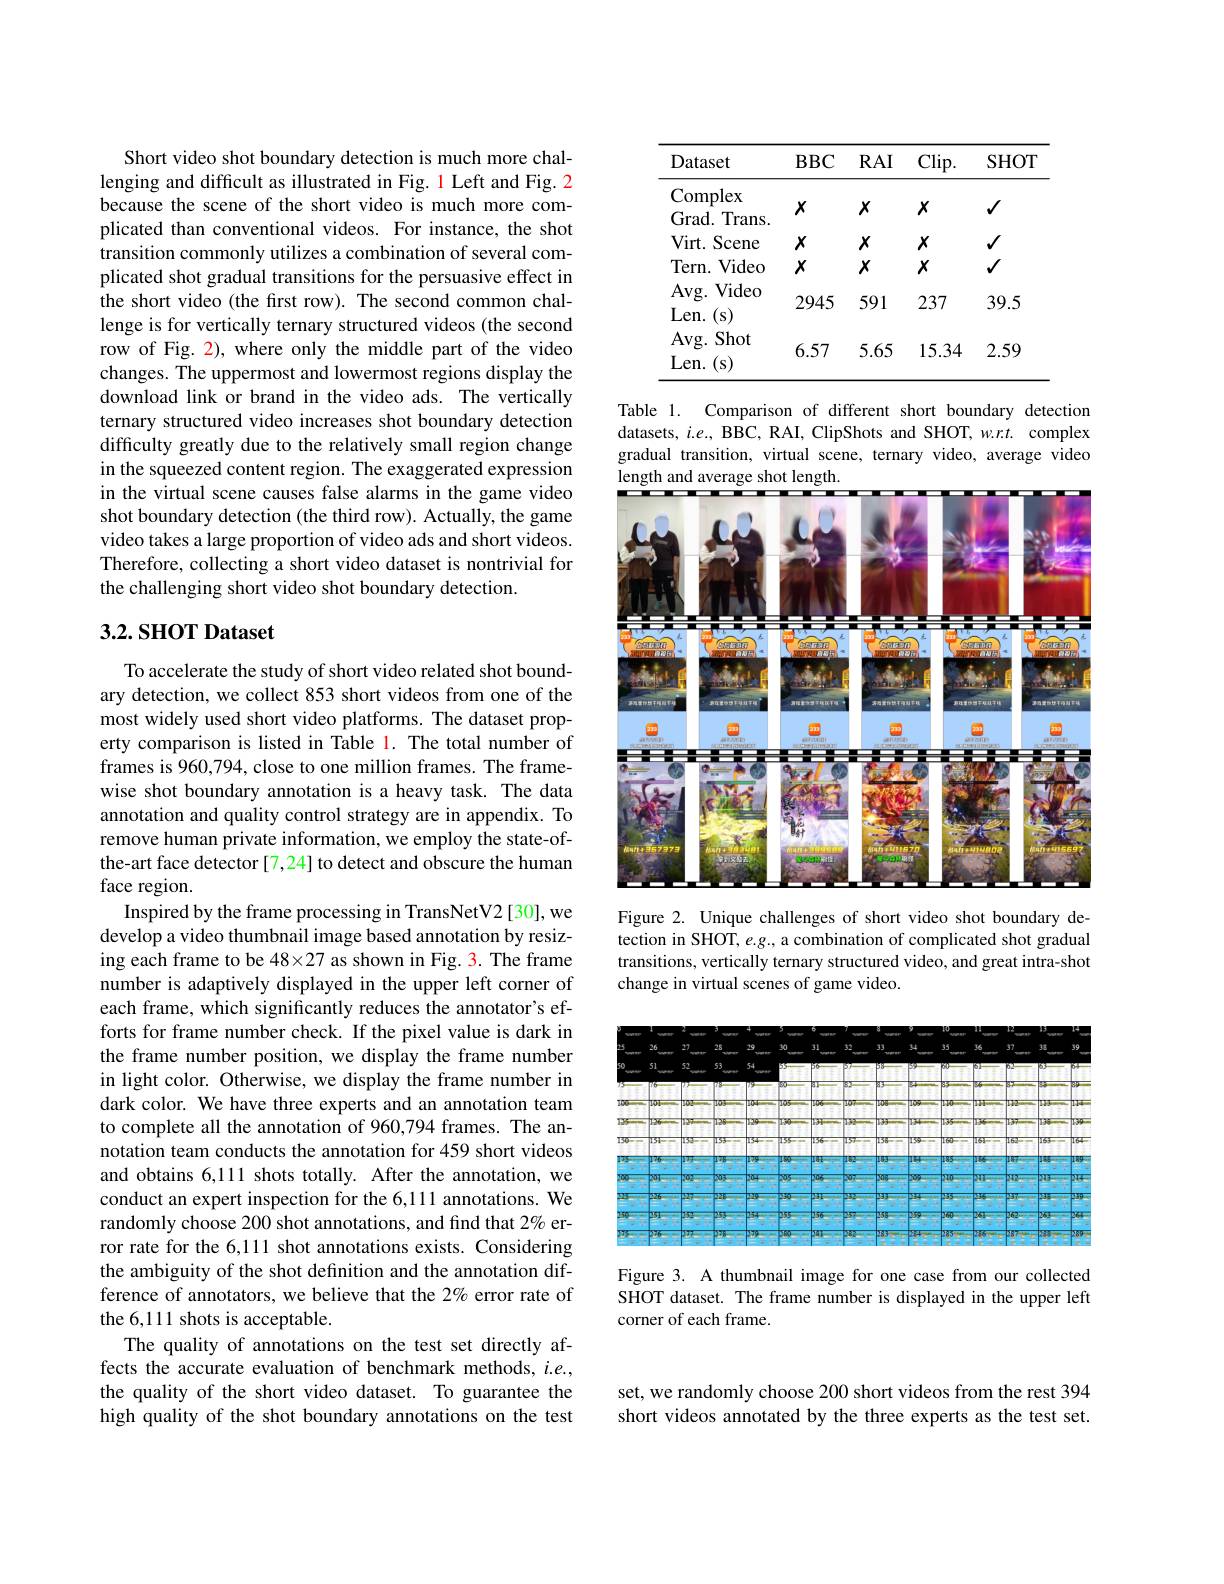
Short video shot boundary detection is much more challenging and difficult as illustrated in Fig. 1 Left and Fig. 2 because the scene of the short video is much more complicated than conventional videos. For instance, the shot transition commonly utilizes a combination of several complicated shot gradual transitions for the persuasive effect in the short video (the first row). The second common challenge is for vertically ternary structured videos (the second row of Fig. 2), where only the middle part of the video changes. The uppermost and lowermost regions display the download link or brand in the video ads. The vertically ternary structured video increases shot boundary detection difficulty greatly due to the relatively small region change in the squeezed content region. The exaggerated expression in the virtual scene causes false alarms in the game video shot boundary detection (the third row). Actually, the game video takes a large proportion of video ads and short videos. Therefore, collecting a short video dataset is nontrivial for the challenging short video shot boundary detection.

# 3.2. SHOT Dataset

To accelerate the study of short video related shot boundary detection, we collect 853 short videos from one of the most widely used short video platforms. The dataset property comparison is listed in Table l. The total number of frames is 960,794, close to one million frames. The framewise shot boundary annotation is a heavy task. The data annotation and quality control strategy are in appendix. To remove human private information, we employ the state-ofthe-art face detector [7,24] to detect and obscure the human face region.
Inspired by the frame processing in TransNetV2[30], we develop a video thumbnail image based annotation by resizing each frame to be $48\times27$ as shown in Fig. 3. The frame number is adaptively displayed in the upper left corner of each frame, which significantly reduces the annotator's efforts for frame number check. If the pixel value is dark in the frame number position, we display the frame number in light color. Otherwise, we display the frame number in dark color. We have three experts and an annotation team to complete all the annotation of 960,794 frames. The annotation team conducts the annotation for 459 short videos and obtains 6,111 shots totally. After the annotation, we conduct an expert inspection for the 6,111 annotations. We randomly choose 200 shot annotations, and find that 2% error rate for the 6,111 shot annotations exists. Considering the ambiguity of the shot definition and the annotation difference of annotators, we believe that the 2% error rate of the 6,111 shots is acceptable.
The quality of annotations on the test set directly affects the accurate evaluation of benchmark methods, $i.e.$, the quality of the short video dataset. To guarantee the high quality of the shot boundary annotations on the test

<table>
	<tbody>
		<tr>
			<th>Dataset</th>
			<th>$BBC$</th>
			<th>$RAI$</th>
			<th>Clip. </th>
			<th>$SHOT$</th>
		</tr>
		<tr>
			<td>Complex Grad. Trans</td>
			<td>$X$</td>
			<td>$X$</td>
			<td>$X$</td>
			<td>$√$</td>
		</tr>
		<tr>
			<td>Virt. Scene</td>
			<td>$X$</td>
			<td>$X$</td>
			<td>$X$</td>
			<td>$√$</td>
		</tr>
		<tr>
			<td>Video Tern. </td>
			<td>$X$</td>
			<td>$X$</td>
			<td>$X$</td>
			<td>$√$</td>
		</tr>
		<tr>
			<td>$Avg.$ .Video Len. ..(s)</td>
			<td>2945</td>
			<td>591</td>
			<td>237</td>
			<td>39.5</td>
		</tr>
		<tr>
			<td>Avg. Shot $Len.$ (s)</td>
			<td>6.57</td>
			<td>5.65</td>
			<td>15.34</td>
			<td>2.59</td>
		</tr>
	</tbody>
</table>

Table 1. Comparison of different short boundary detection datasets, $i.e.$, BBC, RAI, ClipShots and SHOT, $w.r.t.$ complex gradual transition, virtual scene, ternary video, average video length and average shot length.

<FigureHere>

Figure 2. Unique challenges of short video shot boundary detection in SHOT, e.g., a combination of complicated shot gradual transitions, vertically ternary structured video, and great intra-shot change in virtual scenes of game video.

<FigureHere>

Figure 3. A thumbnail image for one case from our collected SHOT dataset. The frame number is displayed in the upper left corner of each frame.

set, we randomly choose 200 short videos from the rest 394 short videos annotated by the three experts as the test set.